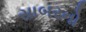
સાબરનો